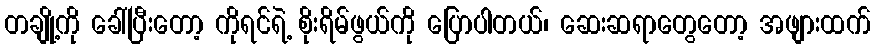
တချို့ကို ခေါ်ပြီးတော့ ကိုရင်ရဲ့ စိုးရိမ်ဖွယ်ကို ပြောပါတယ်၊ ဆေးဆရာတွေတော့ အဖျားထက်